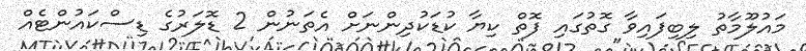
މައުލޫމާތު ލިބިފައިވާ ގޮތުގައި ފޮތް ކިޔާ ކުޑަކުދިންނަށް އެތަނުން 2 ޑޮލަރުގެ ޑިސްކައުންޓެއް